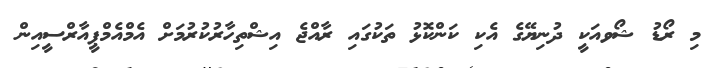
މި ރޯޑު ޝޯވއަކީ ދުނިޔޭގެ އެކި ކަންކޮޅު ތަކުގައި ރާއްޖެ އިޝްތިހާރުކުރުމަށް އެމްއެމްޕީއާރްސީއިން